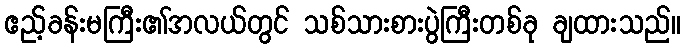
ဧည့်ခန်းမကြီး၏အလယ်တွင် သစ်သားစားပွဲကြီးတစ်ခု ချထားသည်။